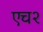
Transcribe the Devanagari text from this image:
एच२